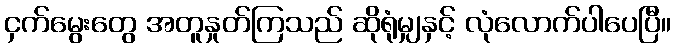
ငှက်မွေးတွေ အတူနှုတ်ကြသည် ဆိုရုံမျှနှင့် လုံလောက်ပါပေပြီ။